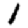
Digit: 1